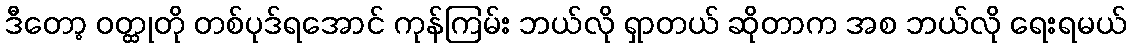
ဒီတော့ ဝတ္ထုတို တစ်ပုဒ်ရအောင် ကုန်ကြမ်း ဘယ်လို ရှာတယ် ဆိုတာက အစ ဘယ်လို ရေးရမယ်